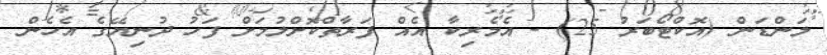
ލަންޑަން (އޮކްޓޯބަރު 25) - އެމެރިކާ އެއް ފަރާތްކޮށްލުމަށް ފަހު ދުނިޔޭގެ އެހެން